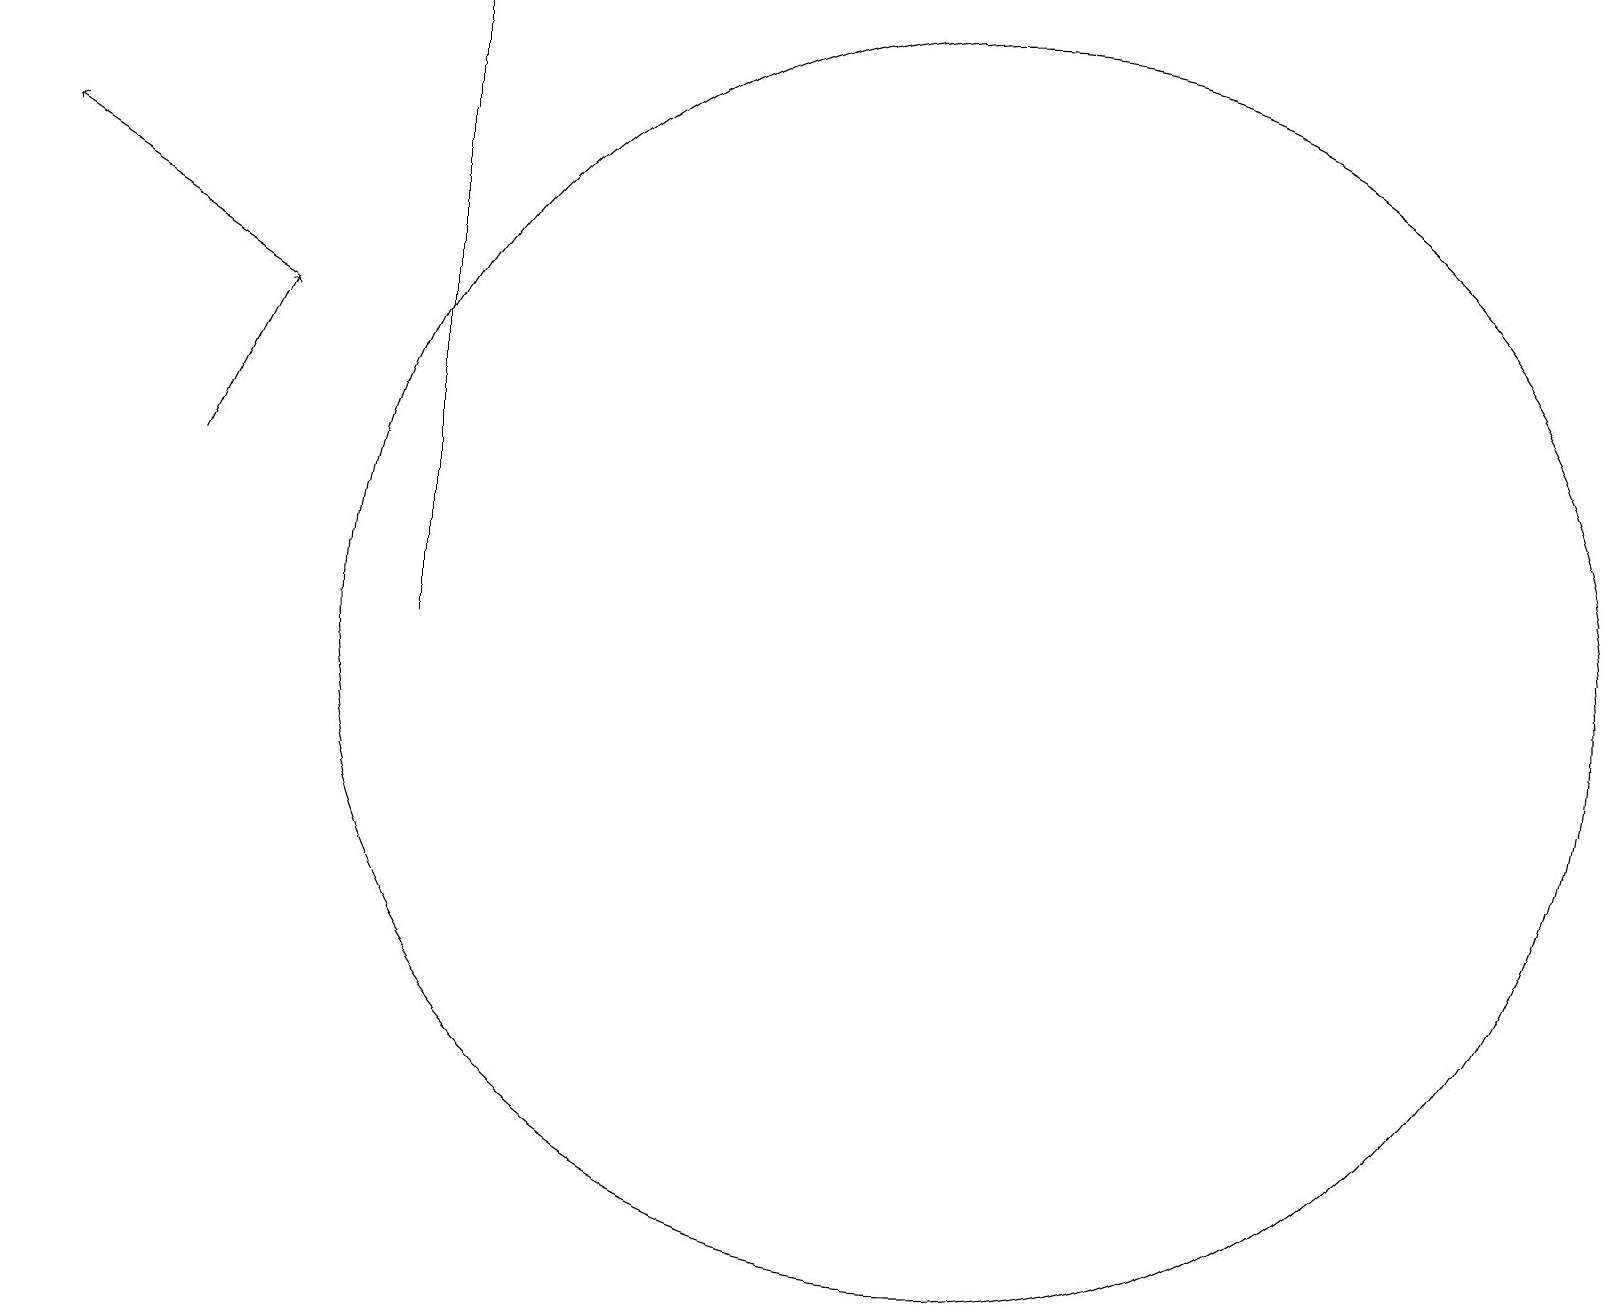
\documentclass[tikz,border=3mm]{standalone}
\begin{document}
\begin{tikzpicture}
\draw (12,10) circle (8);
\draw (5,10) rectangle (5,18);
\draw[->] (3,14) -- (0,16);
\draw[->] (2,12) -- (3,14);
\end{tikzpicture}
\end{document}